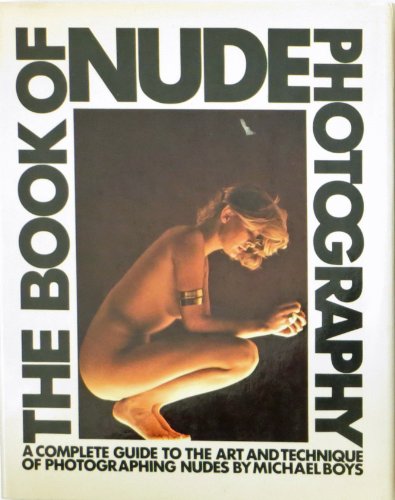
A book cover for The Book of Nude Photography; Michael Boys; Arts & Photography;